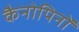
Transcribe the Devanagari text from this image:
कैनोपिनों